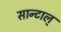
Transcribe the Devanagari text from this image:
सान्टाल्